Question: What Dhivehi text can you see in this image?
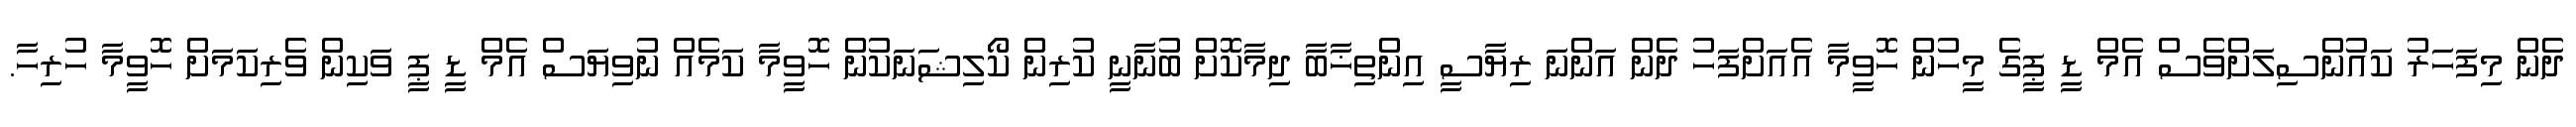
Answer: ދެން މިފަހަރު ކައުންސިލަށްވެސް އެމް ޑީ ޕީގެ މީހުން ހޮވީމާ އެއަށްފަހު ދެން އަންނަ ރިޔާސީ އިންތިޚާބާ ދިމާކޮށް ބުނާނީ ކުރިން ކޯލިޝަނަކުން ހޮވީމާ ކަމެއް ނުވިޔަސް އެމް ޑީ ޕީ ވަކިން ވެރިކަމަށް ހޮވީމާ ހުރިހާ.